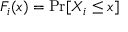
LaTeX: F _ { i } ( x ) = \operatorname* { P r } [ X _ { i } \leq x ]